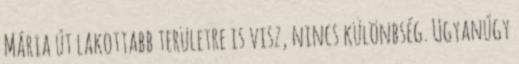
Mária út lakottabb területre is visz, nincs különbség. Ugyanúgy